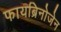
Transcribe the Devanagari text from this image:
फायब्रिनोजेन